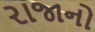
રાજાનો